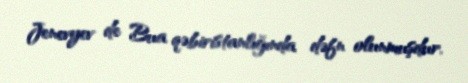
Jenevyev de Bua qəbiristanlığında dəfn olunmuşdur.